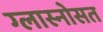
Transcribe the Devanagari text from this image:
ग्लास्नोसत